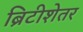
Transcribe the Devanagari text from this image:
ब्रिटीशेतर